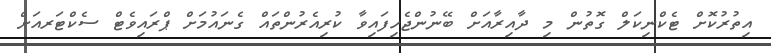
އިތުރުކޮށް ޓެކްނިކަލް ގޮތުން މި ދާއިރާއަށް ބޭނުންޖެހިފައިވާ ކުރިއެރުންތައް ގެނައުމަށް ޕްރައިވެޓް ސެކްޓަރއަށް